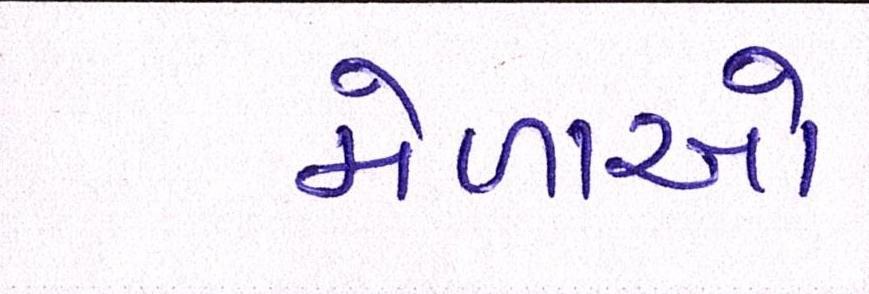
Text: મેળાઓ